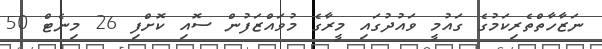
ނަޒާހާތްތެރިކަމުގެ ގައުމީ ވައުދުގައި މީރާގެ މުވައްޒަފުން ސޮއި ކޮށްފި 26 މިނެޓް 50